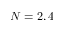
N = 2 , 4